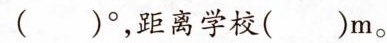
()°，距离学校()m。